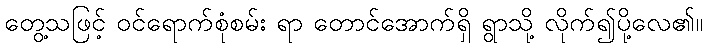
တွေ့သဖြင့် ဝင်ရောက်စုံစမ်း ရာ တောင်အောက်ရှိ ရွာသို့ လိုက်၍ပို့လေ၏။